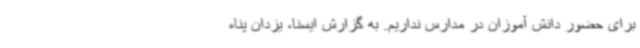
برای حضور دانش آموزان در مدارس نداریم. به گزارش ایسنا، یزدان پناه